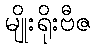
မျိုးရိုးဗီဇ